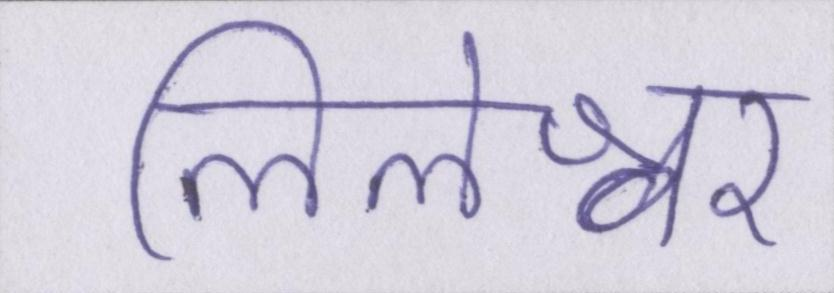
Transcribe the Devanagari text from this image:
लिलेश्वर